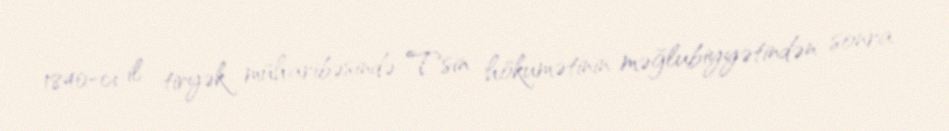
1840-cı il tiryək müharibəsində Tsin hökumətinin məğlubiyyətindən sonra